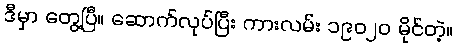
ဒီမှာ တွေ့ပြီ။ ဆောက်လုပ်ပြီး ကားလမ်း ၁၉၀၂၀ မိုင်တဲ့။